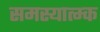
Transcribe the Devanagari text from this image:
समस्यात्म्क